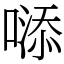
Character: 𠻹